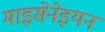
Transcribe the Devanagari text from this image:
माइसेनेइयन